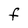
Character: f